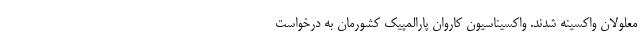
معلولان واکسینه شدند. واکسیناسیون کاروان پارالمپیک کشورمان به درخواست